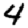
Digit: 4